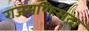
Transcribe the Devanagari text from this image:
राजमणिःसदा